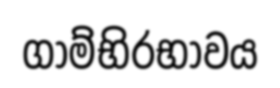
ගාම්භිරභාවය